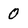
Character: 0